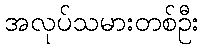
အလုပ်သမားတစ်ဦး